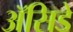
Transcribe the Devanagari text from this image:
ॲसिडे